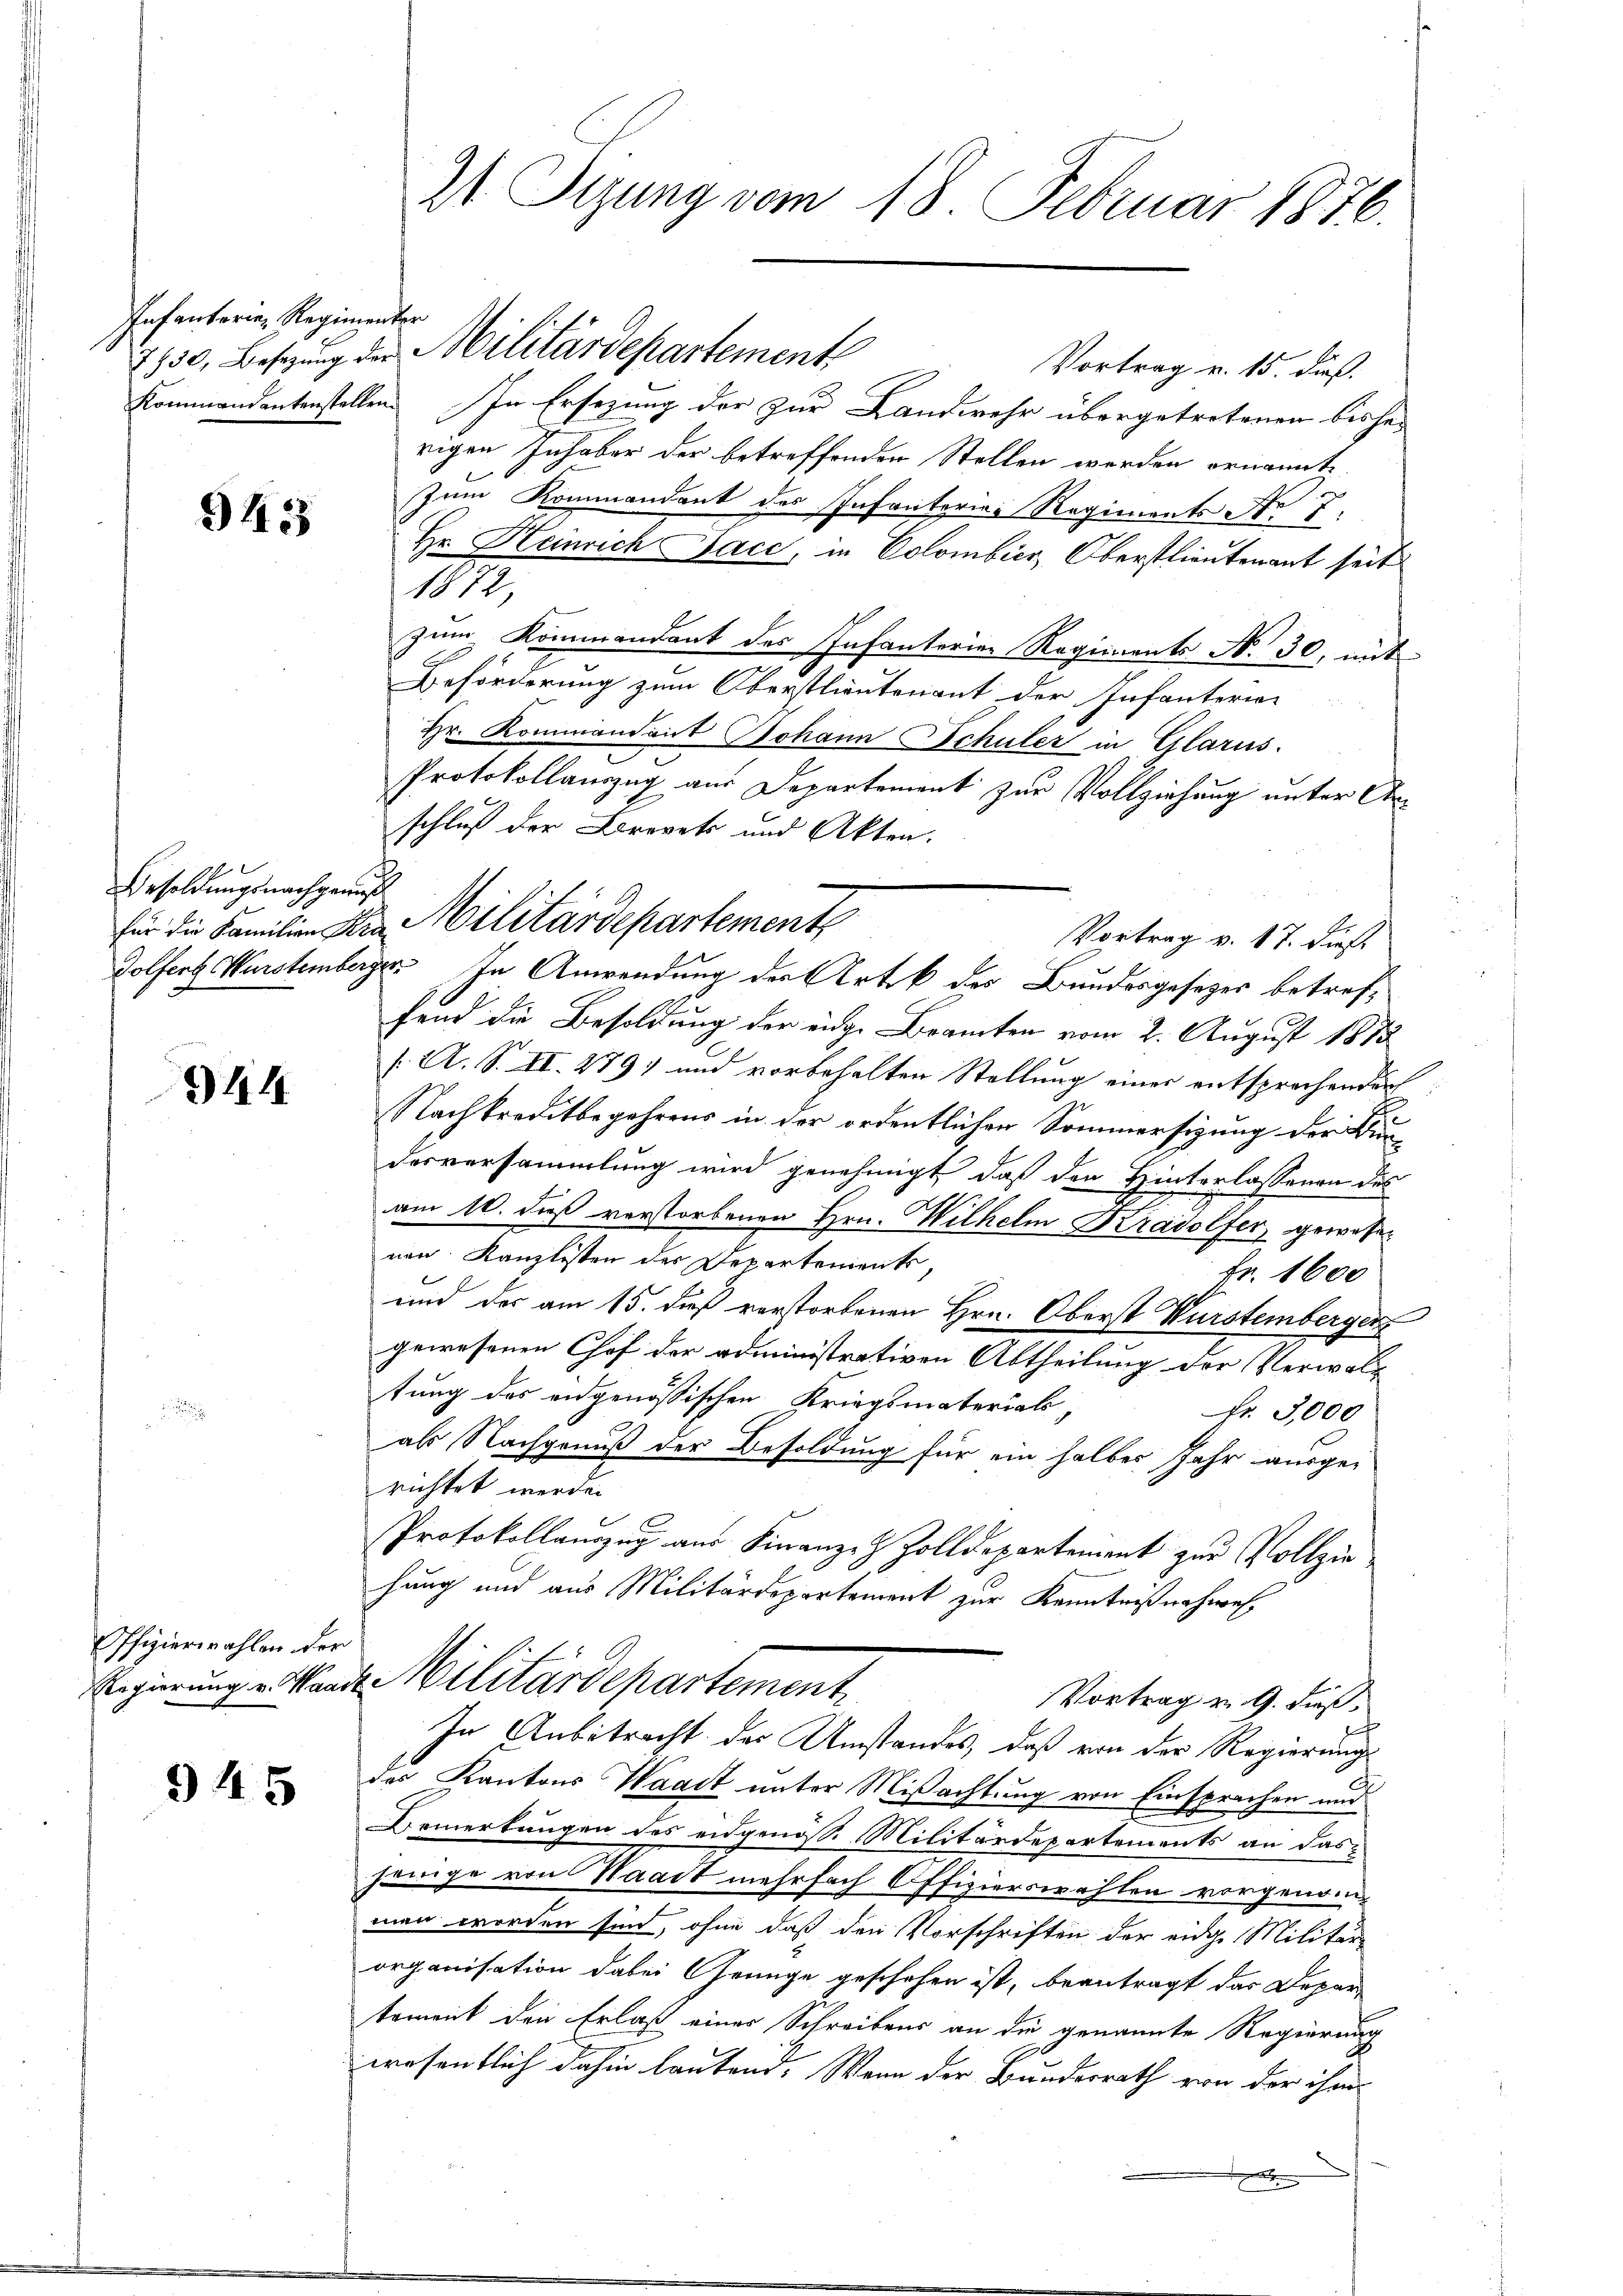
Infanterie, Regimenter

345

Besoldungsnachgemus

44

Offizierwahlen der

945

21 Tizung vom 18. Februar 1876.

Vortrag u. 15. dieß.
Kommandantenstellen. In Ersezung der zur Landwehr übergetretenen bishe
rigen Inhaber der betreffenden Stellen werden ornannte
zum Kommandant des Infanterias Regiments Nr 7
Hr. Heinrich Jace, in Colombier, Oberstlieutenant seit
1872,
zum Kommendant des Infanterien Regiments No. 30, mit
Beförderung zum Oberstlieutenant der Infanterien
Hr. Kommandant Johann Schuler in Glarus.
Protokollauszug aus Departement zur Vollziehung unter Arschluß der Brevet und Akten.
Dolfert Wurstemberger. In Anwendung der Artik des Bundesgesetzes betreffend die Besoldung der einge Branten vom 2. August 1875
/A. S. II. 279) und vorbehalten Stellung einer entsprochender
Nachkreditbegehrens in der ordentlicher Sommersizung der Bun-
desversammlung wird genehmigt, daß den Hinterlassenen des
am 10. daß verstorbenen Hrn. Wilhelm Kradolfer, gewesen
nen Kanzlisten des Departements,
Fr. 1600
und der am 15. dieß verstorbenen Hrn. Oberst Wurstemberger
gewesenen Chef der administrativen Abtheilung der Verwalt
tung des eidgenössischen Kriegsmaterials,
Nr. 3,000
als Nachgenuß der Besoldung für ein halbes Jahr ausge-
richtet werden.
Protokollauszug aus Finanze Zolldepartement zur Vollzie
hung und aus Militärdepartement zur Kenntnißnahmes
Regierung u Stand Militärdepartement,
Vortrag v. 9. dieß,
In Anbetracht der Umstandes, daß von der Regierungs
der Kantons Waadt unter Mißachtung von Einsprachen und
Bemerkungen des eidgenösse Militärdepartements an dasjenige von Waadt mehrfach Offizierswahlen vorgenom
man worden sind, ohne daß den Vorschriften der eidge Militär-
organisation dabei Genüge geschehen ist, beantragt das Depar
tement den Erlaß einer Schreibens an die genannte Regierung
wesentlich dahin lautend. Wenn der Bundesrath von der ihm

1850, Besetzung der Militärdepartemente

für die Familien Kra Militärdepartemente
Vortrag v. 17. dieß